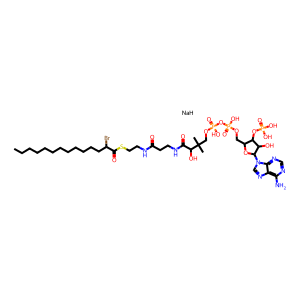
SMILES: CCCCCCCCCCCCC(Br)C(=O)SCCNC(=O)CCNC(=O)C(O)C(C)(C)COP(=O)(O)OP(=O)(O)OCC1OC(n2cnc3c(N)ncnc32)C(O)C1OP(=O)(O)O.[NaH]
Inhibits HIV replication: No